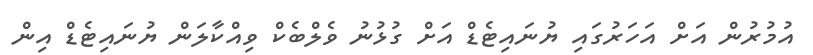
އުމުރުން އަށް އަަހަރުގައި ޔުނައިޓެޑް އަށް ގުޅުނު ވެލްބެކް ވިއްކާލަން ޔުނައިޓެޑް އިން